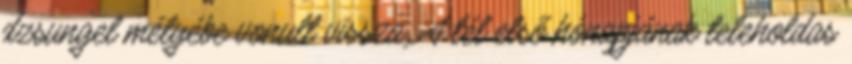
dzsungel mélyébe vonult vissza. A tél első hónapjának teleholdas